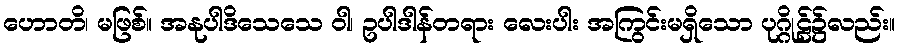
ဟောတိ၊ မဖြစ်။ အနုပါဒိသေသေ ဝါ၊ ဥပါဒါန်တရား လေးပါး အကြွင်းမရှိသော ပုဂ္ဂိုဠ်၌လည်း။